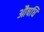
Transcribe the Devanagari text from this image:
औषधि